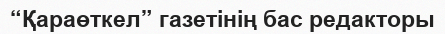
“Қараөткел” газетінің бас редакторы